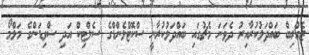
ޒެގްރިބް ބައްދަލުކުރާއިރު ދެވަނަ މެޗުގައި ބައްދަލުކުރާނީ ސްކޮޓްލެންޑްގެ ސެލްޓިކް އަދި ސްވިޑަންގެ މަލްމޯ